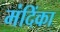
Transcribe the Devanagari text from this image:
मंदिंका